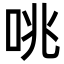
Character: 咷